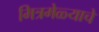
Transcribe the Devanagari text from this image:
मित्रमेळ्याचे